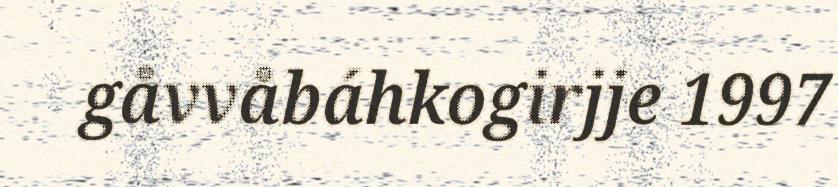
gåvvåbáhkogirjje 1997